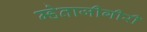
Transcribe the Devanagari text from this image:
म्हेताजीगीरी